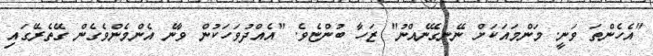
"އެހެންތަ ވަނީ. މަންމައަކަށް ނޭނގޭނެއްނު" ޒަހާ ބުންޏެވެ. "އެއްދުވަހަކުން ވާނެ އެންމެންވެގެން ގޭތެރޭގައި